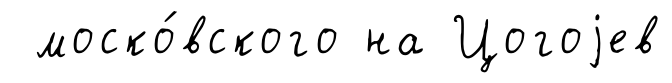
моско́вского на Цогоjев